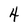
Character: 4